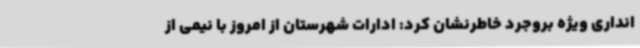
انداری ویژه بروجرد خاطرنشان کرد: ادارات شهرستان از امروز با نیمی از